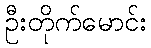
ဦးတိုက်မောင်း